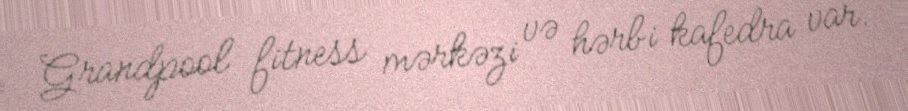
Grandpool fitness mərkəzi və hərbi kafedra var.